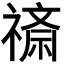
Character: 𬓖